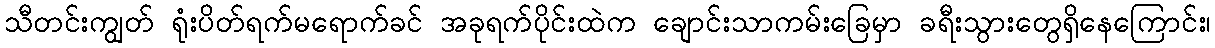
သီတင်းကျွတ် ရုံးပိတ်ရက်မရောက်ခင် အခုရက်ပိုင်းထဲက ချောင်းသာကမ်းခြေမှာ ခရီးသွားတွေရှိနေကြောင်း၊